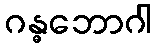
ဂန္ဓဘောဂါ